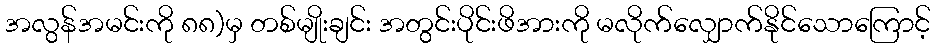
အလွန်အမင်းကို ၈၈)မှ တစ်မျိုးချင်း အတွင်းပိုင်းဖိအားကို မလိုက်လျှောက်နိုင်သောကြောင့်